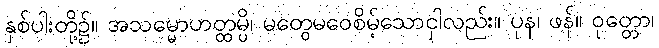
နှစ်ပါးတို့၌။ အသမ္မောဟတ္ထမ္ပိ၊ မတွေမဝေစိမ့်သောငှါလည်း။ ပုန၊ ဖန်။ ဝုတ္တော၊